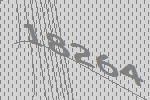
18264